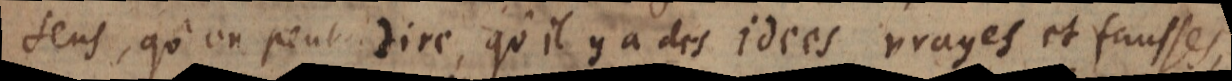
sens, qu’on peut dire, qu’il y a des idées vrayes et fausses,